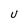
Character: U